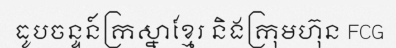
ធូបចន្ទន៍ក្រស្នាខ្មែរ និងក្រុមហ៊ុន FCG